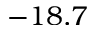
- 1 8 . 7